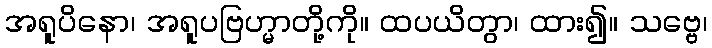
အရူပိနော၊ အရူပဗြဟ္မာတို့ကို။ ထပယိတွာ၊ ထား၍။ သဗ္ဗေ၊